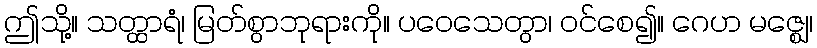
ဤသို့။ သတ္ထာရံ၊ မြတ်စွာဘုရားကို။ ပဝေသေတွာ၊ ဝင်စေ၍။ ဂေဟ မဇ္ဈေ၊